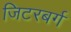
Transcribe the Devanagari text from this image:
जिटरबर्ग